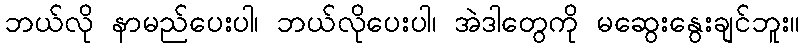
ဘယ်လို နာမည်ပေးပါ၊ ဘယ်လိုပေးပါ၊ အဲဒါတွေကို မဆွေးနွေးချင်ဘူး။